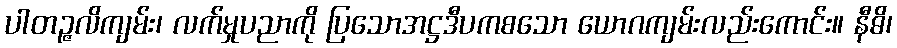
ပါတဉ္ဇလိကျမ်း၊ လက်မှုပညာကို ပြသောအဋ္ဌဒီပကစသော ယောဂကျမ်းလည်းကောင်း။ နီဓိ၊